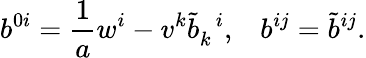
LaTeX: b^{0i}=\frac{1}{a}w^{i}-v^{k}{\tilde{b}}_{k}^{\; \; i},\; \; \; b^{ij}={\tilde{b}}^{ij}.